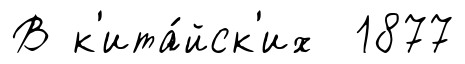
В к'ита́йск'их 1877